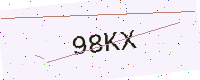
Text: 98KX